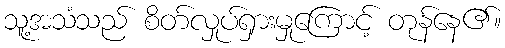
သူ့အသံသည် စိတ်လှုပ်ရှားမှုကြောင့် တုန်နေ၏။